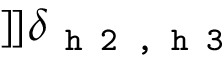
] \! ] \delta _ { \texttt { h 2 , h 3 } }